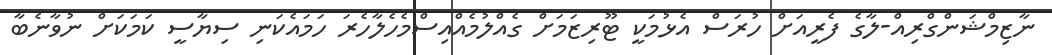
ނާޒިމްޝަންގްރިއް-ލާގެ ފެރީއަށް ހުރަސް އެޅުމަކީ ޓޫރިޒަމަށް ގެއްލުމެއްއިސްމެހެލާހެރަ ހަމައެކަނި ސިޔާސީ ކަމަކަށް ނުވާނެބާ